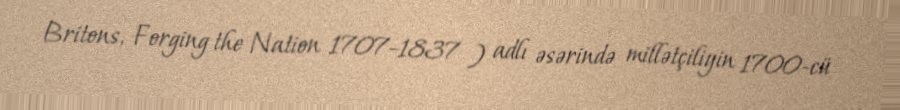
Britons, Forging the Nation 1707–1837 ) adlı əsərində millətçiliyin 1700-cü